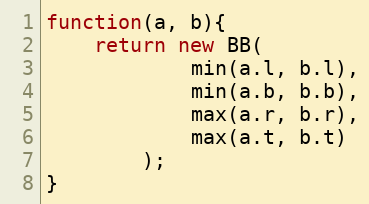
Language: JavaScript
function(a, b){
    return new BB(
            min(a.l, b.l),
            min(a.b, b.b),
            max(a.r, b.r),
            max(a.t, b.t)
        );
}